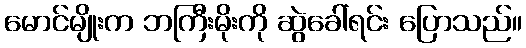
မောင်မျိုးက ဘကြီးမိုးကို ဆွဲခေါ်ရင်း ပြောသည်။